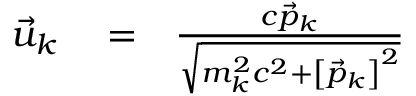
\begin{array} { r l r } { \vec { u } _ { k } } & { { } = } & { \frac { c \vec { p } _ { k } } { \sqrt { m _ { k } ^ { 2 } c ^ { 2 } + \left[ \vec { p } _ { k } \right] ^ { 2 } } } } \end{array}